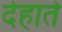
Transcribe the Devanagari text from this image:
देहाते